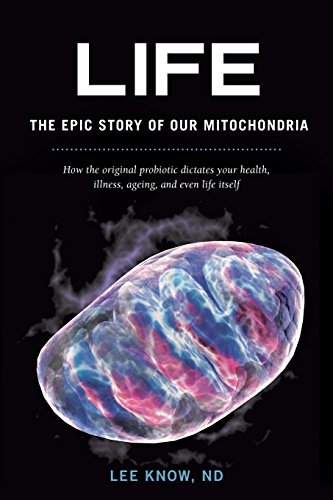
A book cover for Life - The Epic Story of Our Mitochondria: How the Original Probiotic Dictates Your Health, Illness, Ageing, and Even Life Itself; Lee Know Nd; Health, Fitness & Dieting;